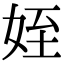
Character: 姪